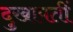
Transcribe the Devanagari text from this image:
दुखापतीं